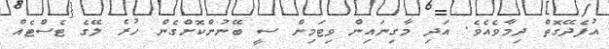
އުފެދޭގޮތް ދިމާވެއެވެ. އަދި މާގިނައިން ވިޓަމިން ސީ ބޭނުންކޮށްގެން ހުރެ ލޭގެ ޓެސްޓެއް